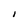
Character: I